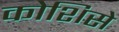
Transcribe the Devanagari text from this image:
कोशिसे